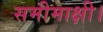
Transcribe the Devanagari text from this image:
समीमाक्षी।